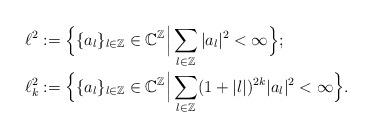
LaTeX: \begin{align*}\ell^2&:=\Big\{\{a_l\}_{l\in\mathbb{Z}}\in \mathbb{C}^{\mathbb{Z}}\Big|\sum_{l\in\mathbb{Z}}|a_l|^2< \infty\Big\};\\\ell^2_k&:=\Big\{\{a_l\}_{l\in\mathbb{Z}}\in \mathbb{C}^{\mathbb{Z}}\Big|\sum_{l\in\mathbb{Z}}(1+|l|)^{2k}|a_l|^2< \infty\Big\}.\end{align*}